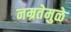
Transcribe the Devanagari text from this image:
नम्रतेमुळे